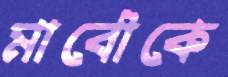
মাবৌকে